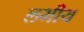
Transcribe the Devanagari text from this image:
लभीय